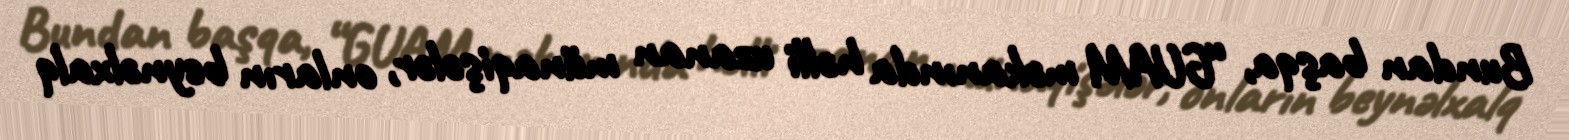
Bundan başqa, “GUAM məkanında həlli uzanan münaqişələr, onların beynəlxalq